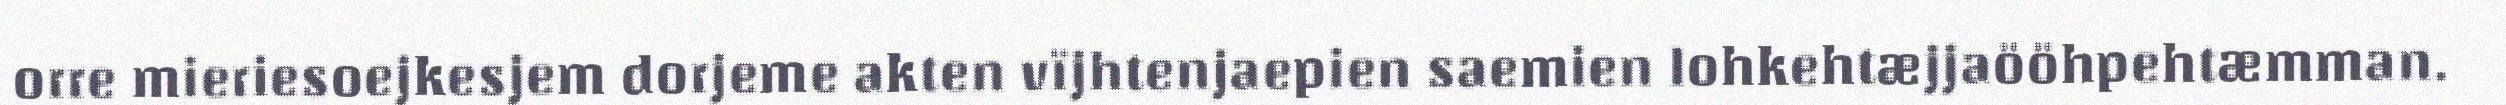
orre mieriesoejkesjem dorjeme akten vïjhtenjaepien saemien lohkehtæjjaööhpehtæmman.